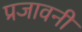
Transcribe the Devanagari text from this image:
प्रजावनी